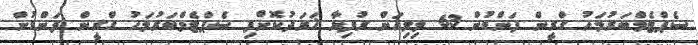
ސެޕްޓެމްބަރުމަހު ގްރީން ފަންޑުން 63 މިލިއަން ރުފިޔާ ޚަރަދުކޮށްފި ސެޕްޓެމްބަރުމަހު ގްރީން ފަންޑުން